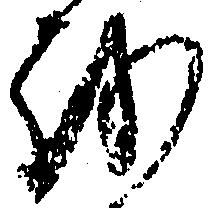
を